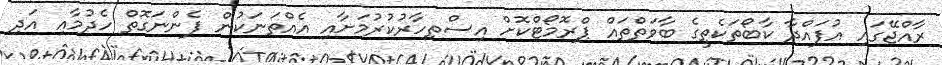
ރާއްޖޭގައި އުފައްދާ ކާބޯތަކެތީގެ ބާވަތްތައް ޕްރޮމޯޓްކޮށް އިސްތިހާރުކުރުމަށާއި އެއްތަނަކުން ފެންނަގޮތް ހެދުމާއި އަދި